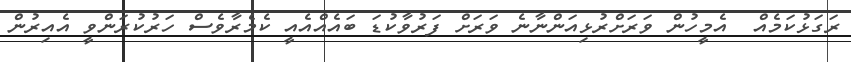
ރަގަޅުކަމެއް  އެމީހުން ވަރަށްރުޅިއަންނާނެ ވަރަށް ފަރުވާކުޑަ ބައެއްއެއީ ކެމެރާވެސް ހަރުކުރަންވީ އެއިރުން